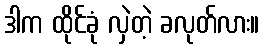
ဒါက ထိုင်ခုံ လှဲတဲ့ ခလုတ်လား။